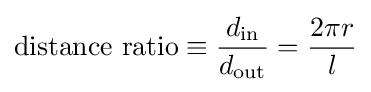
{\mbox{distance ratio}}\equiv {\frac {d_{\text{in}}}{d_{\text{out}}}}={\frac {2\pi r}{l}}